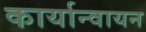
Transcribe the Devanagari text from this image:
कार्यान्वायन